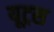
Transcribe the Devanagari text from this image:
यूट्रस